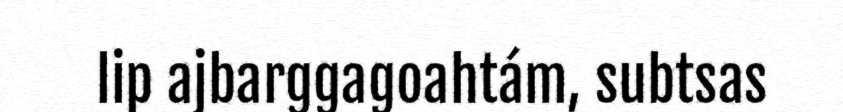
lip ajbarggagoahtám, subtsas